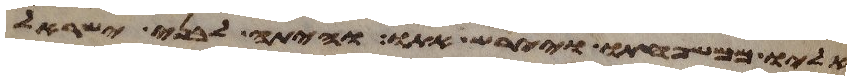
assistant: אליו ממשפחתו ויירש אתו והיתה לבני ישראל